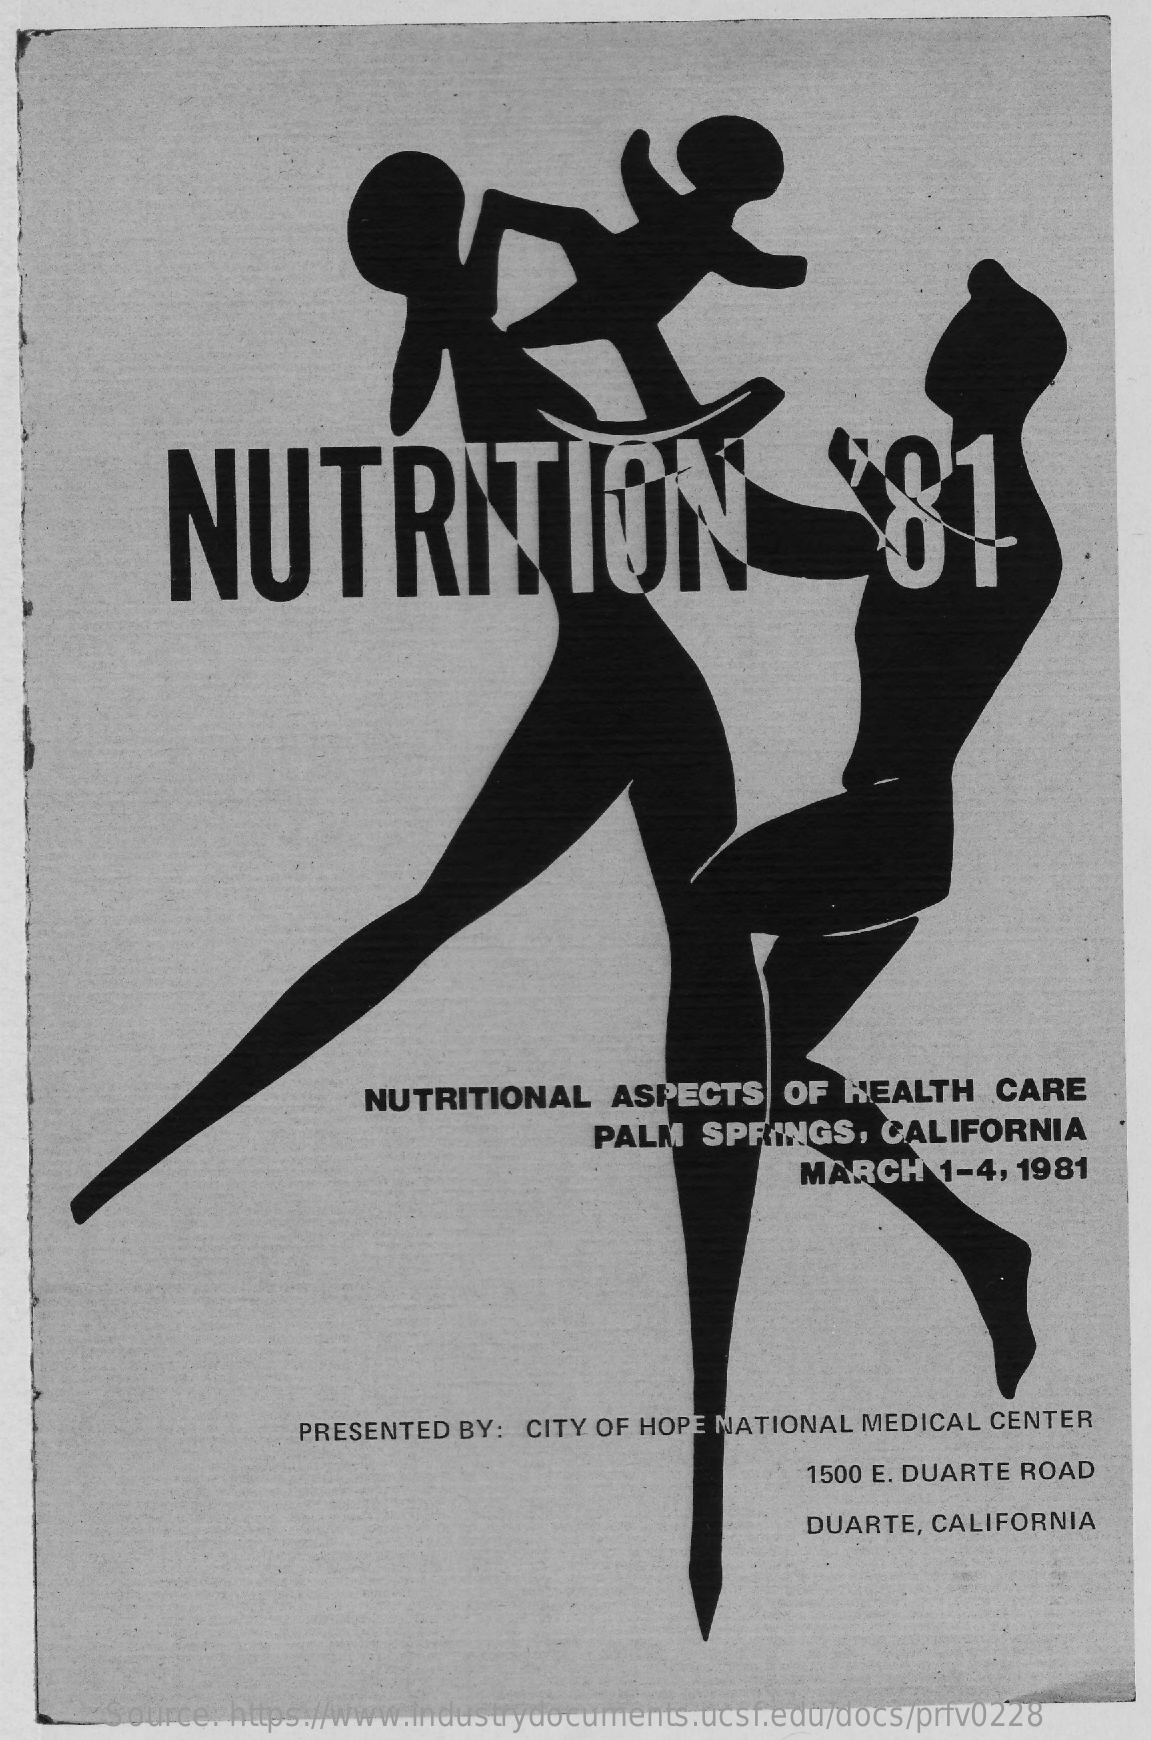
NUTRITION    *81
     NUTRITIONAL    ASPECTS   OF  HEALTH    CARE
     PALM  SPRINGS,   CALIFORNIA
     MARCH    1-4, 1981
     PRESENTED BY: CITY OF HOPE NATIONAL MEDICAL CENTER
     1500 E. DUARTE ROAD
     DUARTE, CALIFORNIA
     Source: https://www.industrydocuments.ucsf.edu/docs/prfv0228